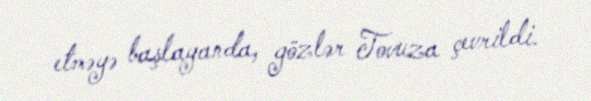
etməyə başlayanda, gözlər Tovuza çevrildi.